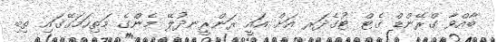
ބާއްވާ ގްރޭންޑް ގެޓް ޓުގެދަރ އަށް އައީ ރަންރީނދުލޭ މެންގެ މަތިހަމަގޭގައި ތިބި